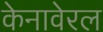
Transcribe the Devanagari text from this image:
केनावेरल